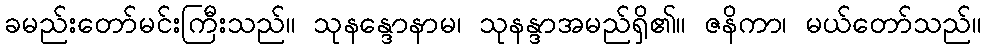
ခမည်းတော်မင်းကြီးသည်။ သုနန္ဒောနာမ၊ သုနန္ဒာအမည်ရှိ၏။ ဇနိကာ၊ မယ်တော်သည်။